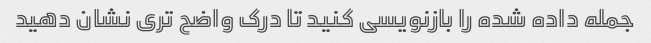
جمله داده شده را بازنویسی کنید تا درک واضح تری نشان دهید